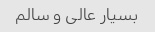
بسیار عالی و سالم